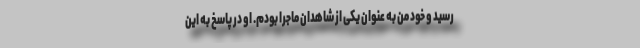
رسید و خود من به عنوان یکی از شاهدان ماجرا بودم. او در پاسخ به این